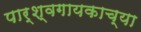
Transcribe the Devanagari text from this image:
पार्श्वगायकाच्या